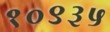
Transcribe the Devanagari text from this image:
१०९३५